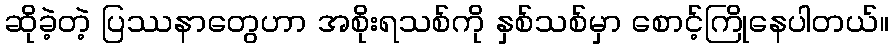
ဆိုခဲ့တဲ့ ပြဿနာတွေဟာ အစိုးရသစ်ကို နှစ်သစ်မှာ စောင့်ကြိုနေပါတယ်။